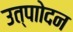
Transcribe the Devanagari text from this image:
उत्पाोदन